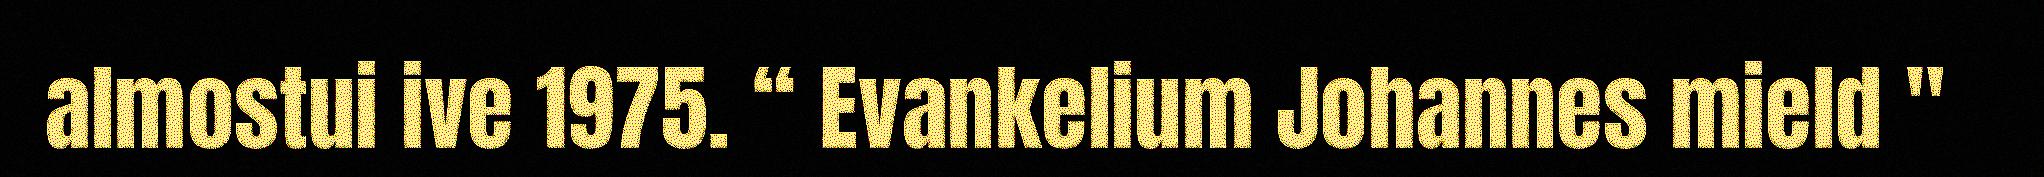
almostui ive 1975. “ Evankelium Johannes mield "